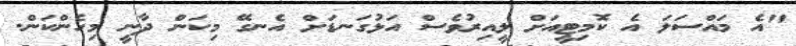
"އެ މައްސަލަ އެ ކޮމިޓީއަށް ލީއިރުވެސް އަޅުގަނޑަށް އެނގޭ މިކަން ދާނީ މިހެންކަން.